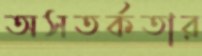
অসতর্কতার